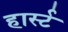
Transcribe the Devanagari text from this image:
हार्स्ट